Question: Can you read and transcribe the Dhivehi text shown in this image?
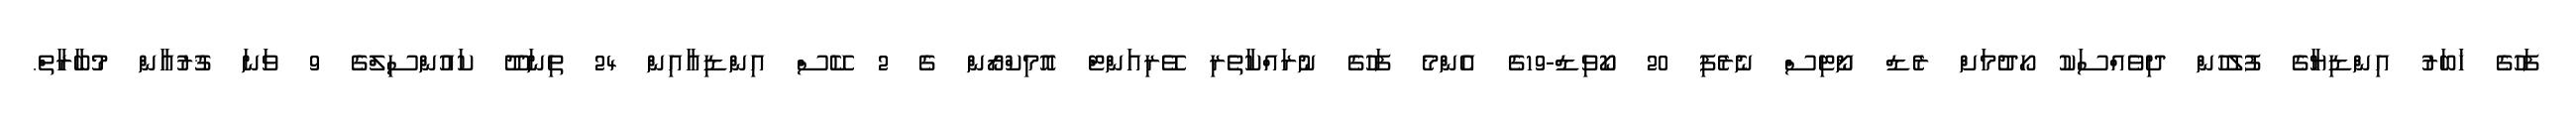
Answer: ފަހުގެ ޚަބަރު އިންޑިޔާގެ ފުލުހުން ދިވެއްސަކު ހޯދުމަށް ރެޑް ނޯޓިސް ނެރެފި 20 ކޯވިޑް-19ގެ އެންމެ ފަހުގެ ނުރައްކާތެރި ވޭރިއަންޓް އޮމިކްރޯން ގެ 2 ކޭސް އިންޑިއާއިން 24 ތިނަދޫ ކައުންސިލްގެ 9 ވަނަ ޤުރުއާން މުބާރާތް.